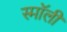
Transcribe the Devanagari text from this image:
स्माॅली